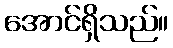
အောင်ရှိသည်။